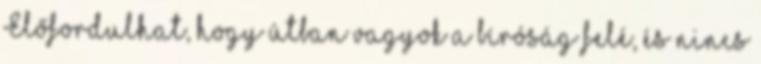
Előfordulhat, hogy útban vagyok a bíróság felé, és nincs